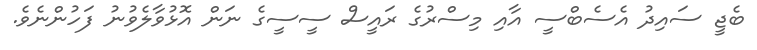
ބެޖީ ސައިދު އެސެބްސީ އާއި މިސްރުގެ ރައީސް ސީސީގެ ނަން އޮޅުވާލެވުނު ފަހުންނެވެ.